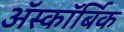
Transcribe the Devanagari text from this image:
ॲस्कॉर्बिक